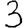
Digit: 3